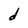
Character: d